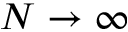
N \to \infty